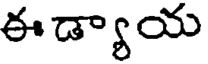
ఈ డ్యాయ